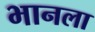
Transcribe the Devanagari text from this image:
भानला